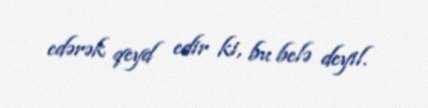
edərək qeyd edir ki, bu belə deyil.